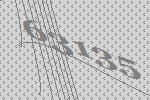
63135